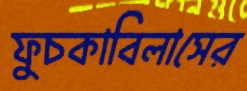
ফুচকাবিলাসের